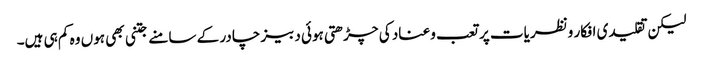
لیکن تقلیدی افکار ونظریات پر تعب وعناد کی چڑھتی ہوئی دبیز چادر کے سامنے جتنی بھی ہوں وہ کم ہی ہیں۔